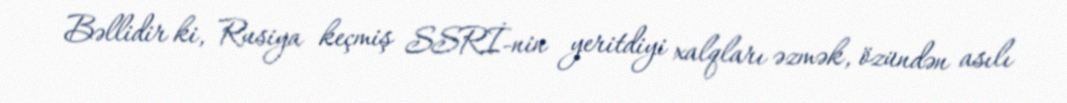
Bəllidir ki, Rusiya keçmiş SSRİ-nin yeritdiyi xalqları əzmək, özündən asılı